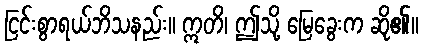
ငြင်းစွာရယ်ဘိသနည်း။ ဣတိ၊ ဤသို့ မြေခွေးက ဆို၏။